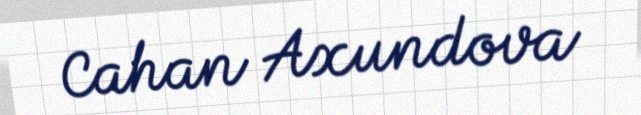
Cahan Axundova